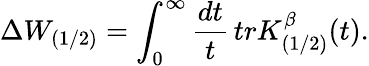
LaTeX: \Delta W_{(1/2)}=\int_{0}^{\infty}\frac{dt}{t}\, trK_{(1/2)}^{\beta}(t).